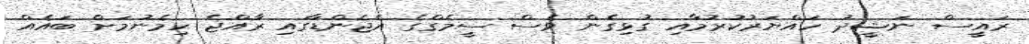
ރައީސް ނަޝީދު ހައްޔަރުކުރުމާއި ގުޅިގެން ވެސް ސީމެގްގެ އެޖެންޑާގައި ރާއްޖެ ހިމެނުމަށް ބައެއް